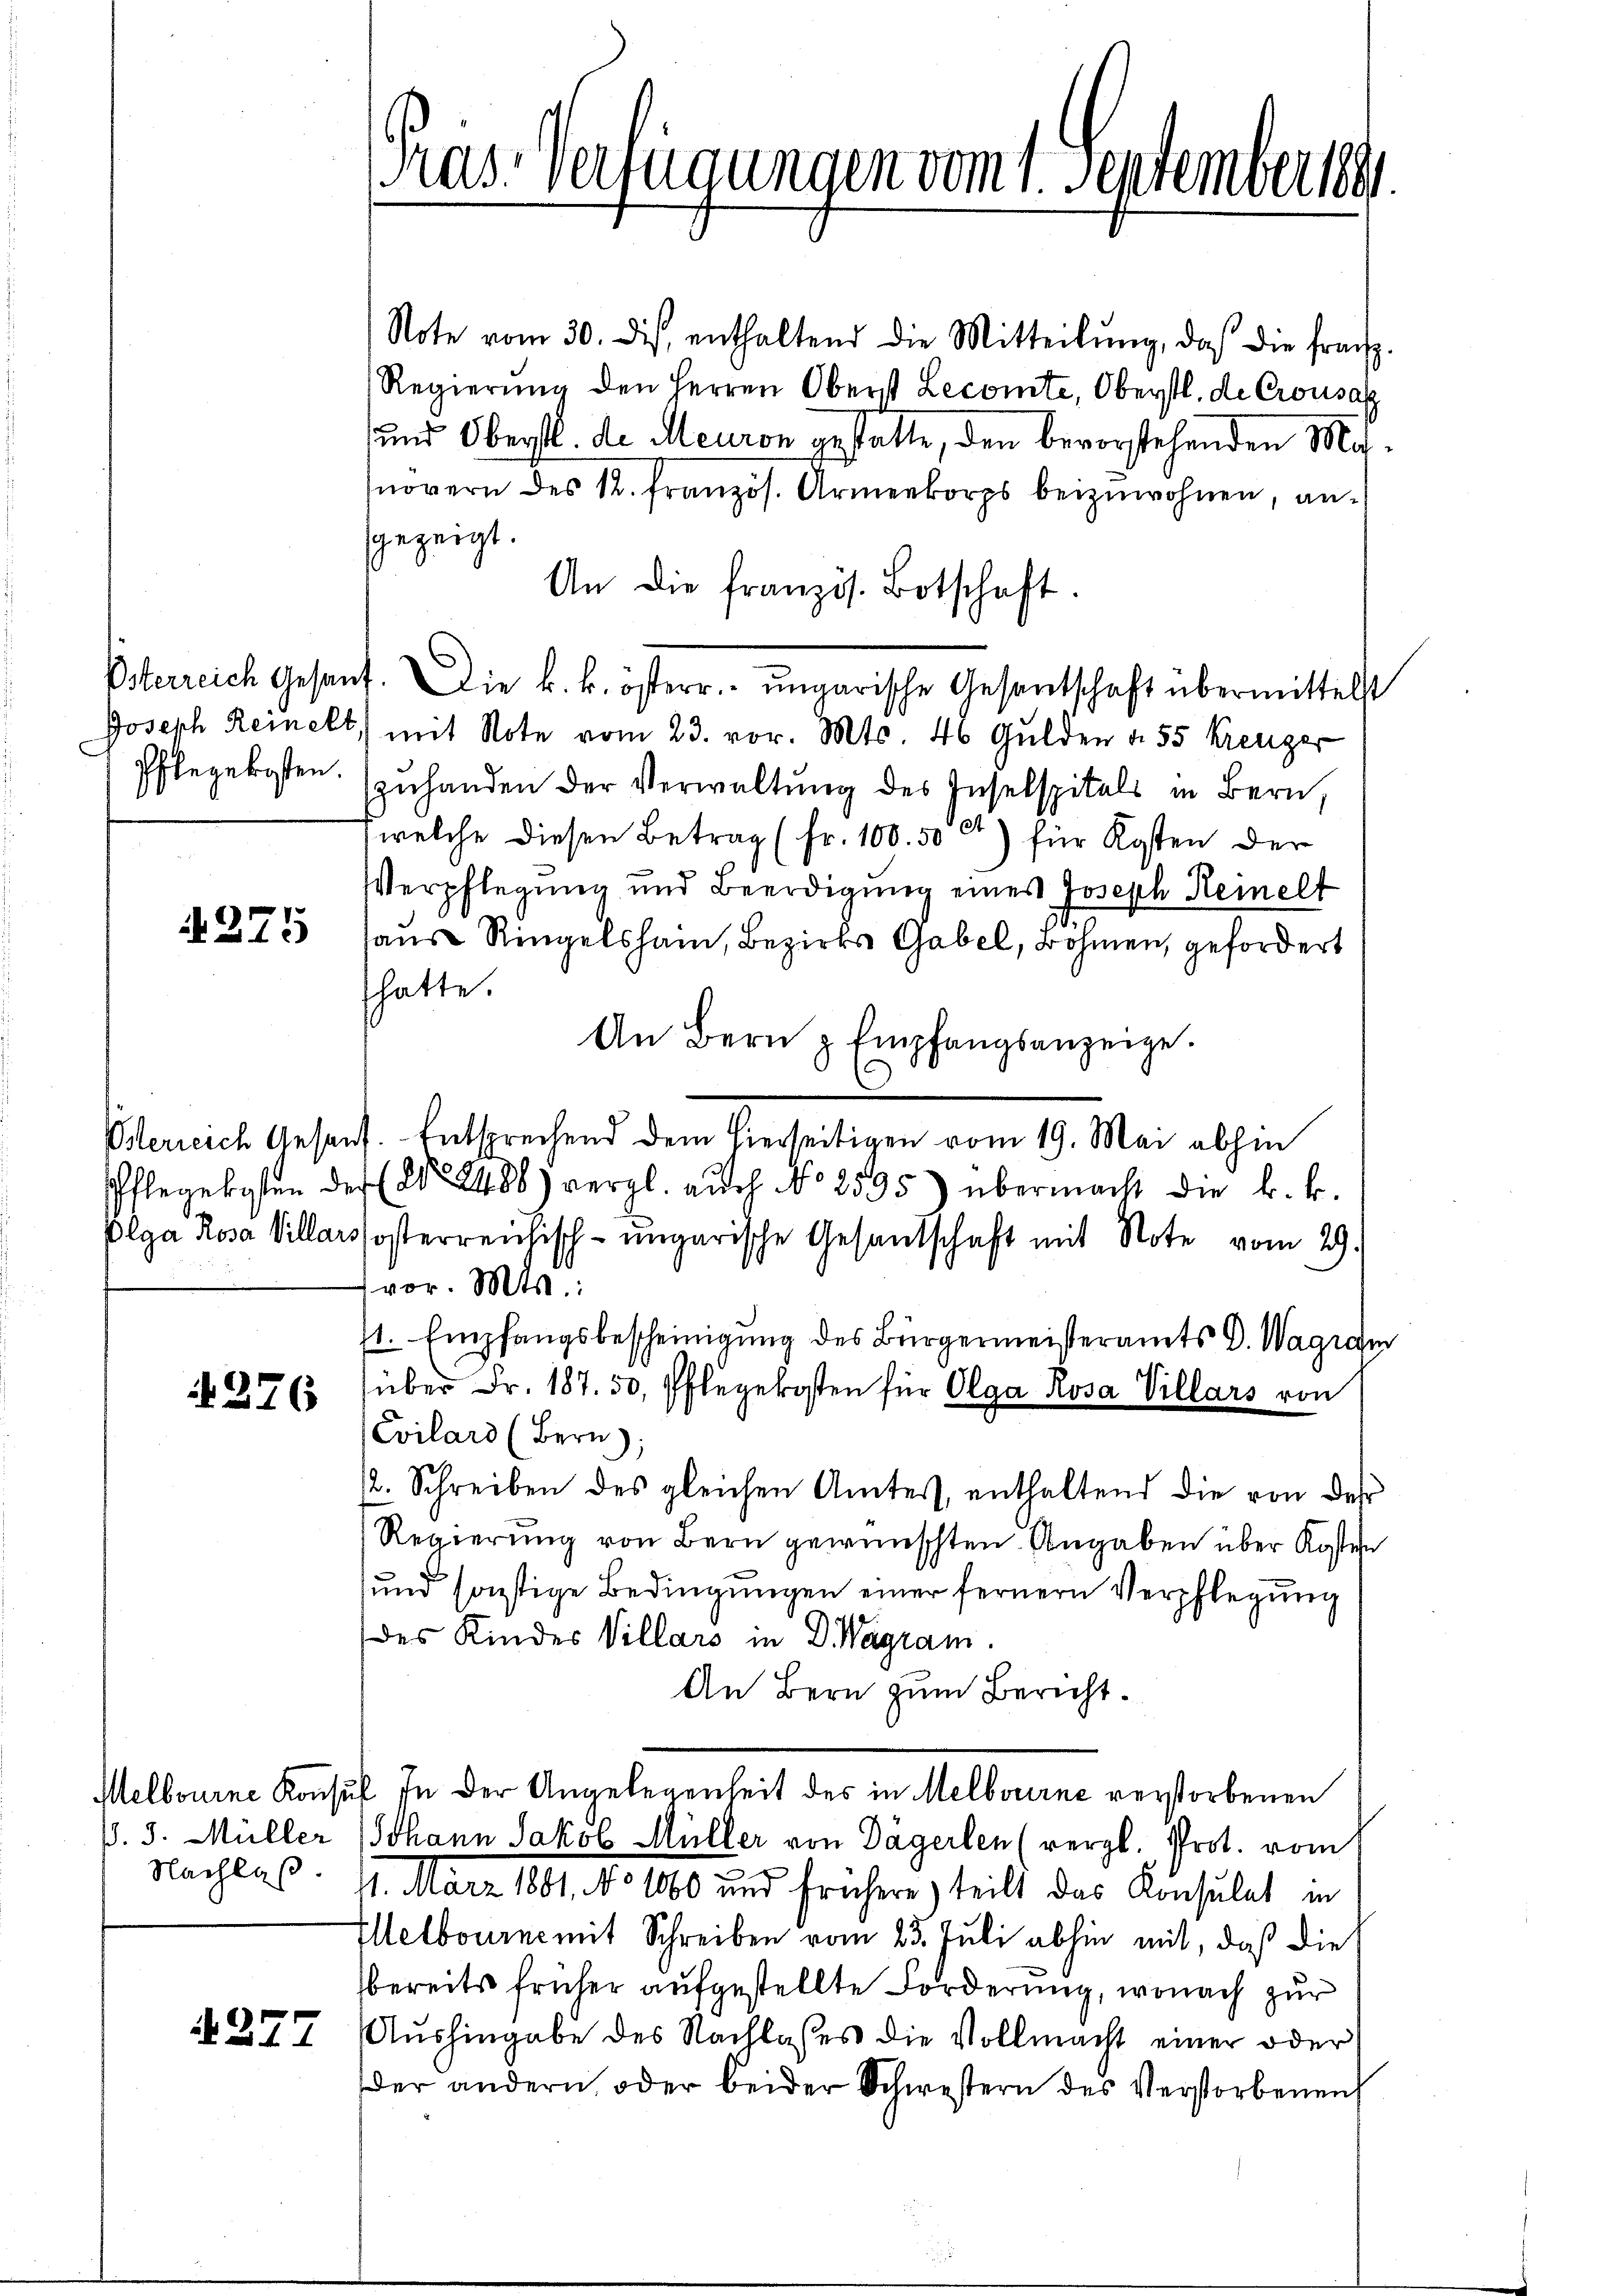
Österreich Gesand
Joseph Reinelt.
Pflegekosten.

275

Pflegekosten der
Olga Rosa Villars

4276

ß. 3. Müller

A 277

as: Verfügungen vom 1. September 1891

Note vom 30. dis enthaltend die Mitteilŭng, daβ die franz-
Regierŭng den Herren Oberst Lecomte, Oberstl. de Crousaz
und Oberstl. de Meuron gestatte, den bevorstehenden Manovern des R. französ. Armenkorps beizuwohnen, angezeigt.
An die französ. Botschaft.
4. Die k. k. österr. ungarische Gesantschaft übermittelst
mit Note vom 23. vor. Mts. 46 Gulden v. 55 Kreuzer
zuhanden der Verwaltung des Inselspitals in Bern,
welche diesen Betrag (Fr. 100. 500) für Kosten der
Verpflegung und Beerdigung eines Joseph Remelt
aus Ringelsham, Bezirks Gabel, Bohnen, gefordert
hatte.
An Bern z Empfangsanzeige.
Isterreich Gesant. Entsprechend dem hierseitigen vom 19. Mai abhin
2488) vergl. aŭch No 2595) übermacht die k. k.
sosterreichisch-ungarische Gesandschaft mit Note vom 29.
vor. Mts.:
1. Empfangsbescheinigung des Bürgermeisteramts D. Wagram
über Fr. 187. 50. Pflegekosten für Olga Rosa Villars von
Cvilars (Bern),
12. Schreiben des gleichen Amtes, enthaltend die von der
Regierung von Bern gewünschten Angaben über Kosten
und sonstige Bedingungen einer fernern Verpflegung
des Kindes Villars in D. Wagram.
An Bern zum Bericht.
Melbourne Konsul in der Angelegenheit des in Melbourne verstorbenen
Johann Jakob Müller von Dägerlen (vergl. Prot. vom
Nachlas: 11. März 1881, No 1860 und frühere teilt das Konsulat in
Ielbourne mit Schreiben vom 23. Juli abhin mit, daß die
bereits früher aufgestellte Forderung, wonach zur
Aushingabe des Nachlasses die Vollmacht einer oder
der andern oder beider Schwestern des Verstorbenen